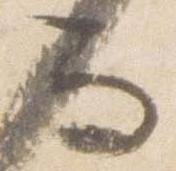
而